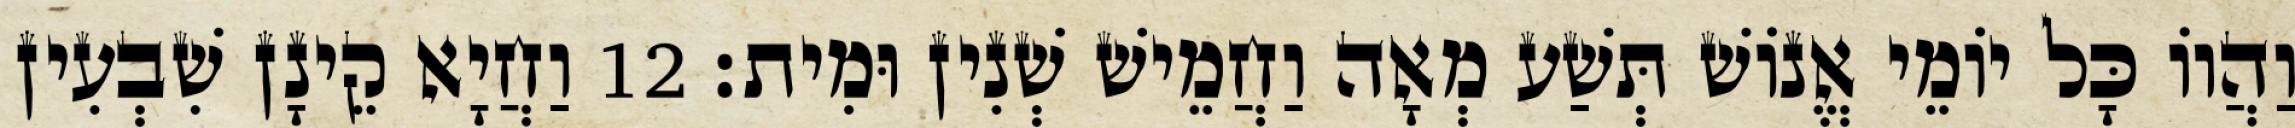
וַהֲווֹ כָּל יוֹמֵי אֱנוֹשׁ תְּשַׁע מְאָה וַחֲמֵישׁ שְׁנִין וּמִית׃ 12 וַחֲיָא קֵינָן שִׁבְעִין